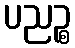
ပညဉ္စ